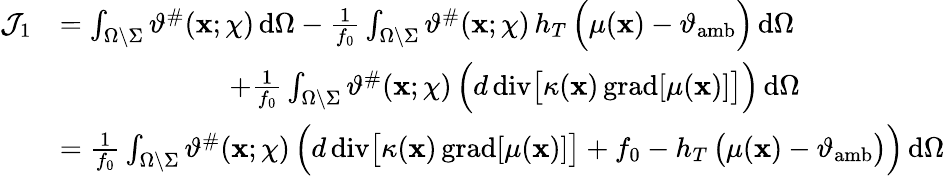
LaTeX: \begin{array}{rl}{\mathcal{J}_{1}}&{=\int_{\Omega\setminus\Sigma}\vartheta^{\# }(\mathbf{x};\chi)\, \mathrm{d}\Omega-\frac{1}{f_{0}}\int_{\Omega\setminus\Sigma}\vartheta^{\# }(\mathbf{x};\chi)\, h_{T}\, \Big(\mu(\mathbf{x})-\vartheta_{\mathrm{amb}}\Big)\, \mathrm{d}\Omega}\\ &{\qquad\qquad\qquad+\frac{1}{f_{0}}\int_{\Omega\setminus\Sigma}\vartheta^{\# }(\mathbf{x};\chi)\, \Big(d\, \mathrm{div}\big[\kappa(\mathbf{x})\, \mathrm{grad}[\mu(\mathbf{x})]\big]\Big)\, \mathrm{d}\Omega}\\ &{=\frac{1}{f_{0}}\int_{\Omega\setminus\Sigma}\vartheta^{\# }(\mathbf{x};\chi)\, \Big(d\, \mathrm{div}\big[\kappa(\mathbf{x})\, \mathrm{grad}[\mu(\mathbf{x})]\big]+f_{0}-h_{T}\, \big(\mu(\mathbf{x})-\vartheta_{\mathrm{amb}}\big)\Big)\, \mathrm{d}\Omega}\end{array}